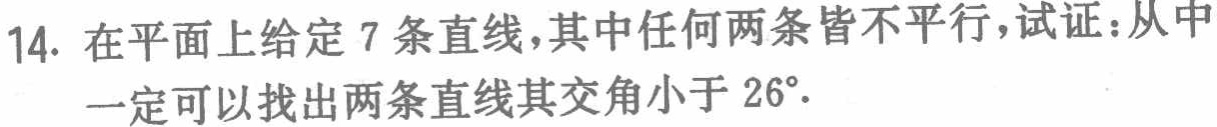
14. 在平面上给定 7 条直线，其中任何两条皆不平行，试证：从中一定可以找出两条直线其交角小于 \(26^{\circ}\).